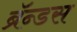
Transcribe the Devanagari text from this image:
ब्रॅन्डस